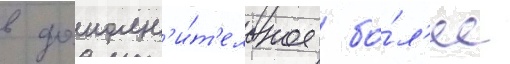
в дополн'и́т'ельное  бо́л'ее